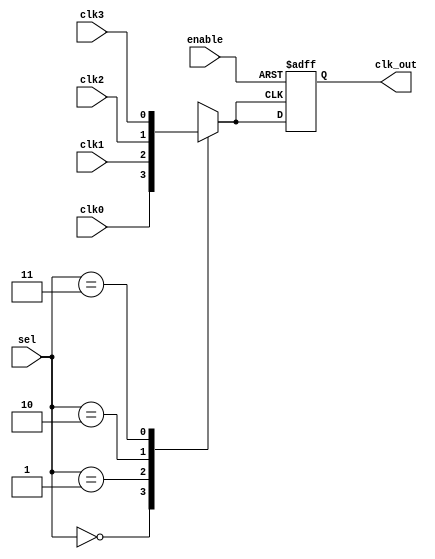
module ClockMuxBuffer (
    input wire clk0,        // Clock input 0
    input wire clk1,        // Clock input 1
    input wire clk2,        // Clock input 2
    input wire clk3,        // Clock input 3
    input wire [1:0] sel,   // Selection signal (2 bits for 4 clocks)
    input wire enable,      // Enable signal
    output reg clk_out      // Output clock
);

// Internal signal for the selected clock
reg selected_clk;

// Multiplexer logic to select the clock based on the sel input
always @(*) begin
    case (sel)
        2'b00: selected_clk = clk0;
        2'b01: selected_clk = clk1;
        2'b10: selected_clk = clk2;
        2'b11: selected_clk = clk3;
        default: selected_clk = 1'b0; // Default case
    endcase
end

// Buffering and enabling the selected clock
always @(posedge selected_clk or negedge enable) begin
    if (!enable) begin
        clk_out <= 1'b0; // Hold output low when disabled
    end else begin
        clk_out <= selected_clk; // Buffer the selected clock
    end
end

endmodule